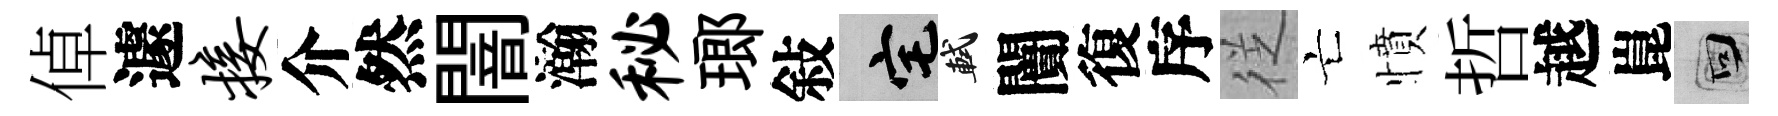
倬遽接介然闇瀚秘瑯敍宅軾闠復序徔亡憤哲越崑回